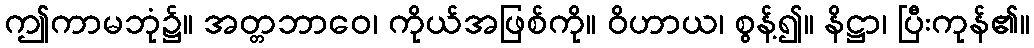
ဤကာမဘုံ၌။ အတ္တဘာဝေ၊ ကိုယ်အဖြစ်ကို။ ဝိဟာယ၊ စွန့်၍။ နိဋ္ဌာ၊ ပြီးကုန်၏။